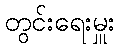
တွင်းရေးမှူး